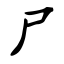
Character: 尸